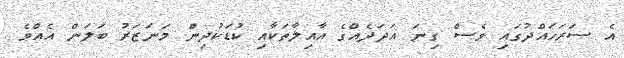
އެ ސަރަހައްދުގައި ވެސް ގިނަ އަދަދެއްގެ އާއިލާތަކާއި ކުޑަކުދިން މަނަޒަރު ބަލަން އެއްވެ